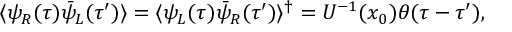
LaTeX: \langle \psi _ { R } ( \tau ) \bar { \psi } _ { L } ( \tau ^ { \prime } ) \rangle = \langle \psi _ { L } ( \tau ) \bar { \psi } _ { R } ( \tau ^ { \prime } ) \rangle ^ { \dagger } = U ^ { - 1 } ( x _ { 0 } ) \theta ( \tau - \tau ^ { \prime } ) ,